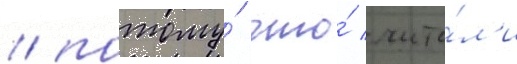
/ потому́ что́ счита́л'и